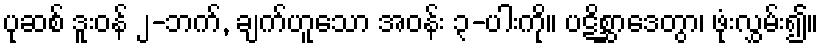
ပုဆစ် ဒူးဝန် ၂-ဘက်, ချက်ဟူသော အဝန်း ၃-ပါးကို။ ပဋိစ္ဆာဒေတွာ၊ ဖုံးလွှမ်း၍။